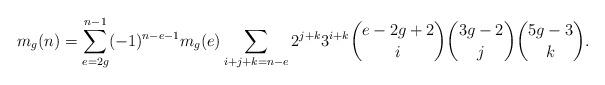
LaTeX: \begin{align*}m_g(n) = \sum_{e = 2g}^{n-1} (-1)^{n-e-1} m_g(e) \sum_{i+j+k=n-e} 2^{j+k} 3^{i+k} {e-2g+2 \choose i} {3g-2 \choose j} {5g-3 \choose k}.\end{align*}